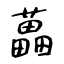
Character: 藟